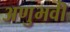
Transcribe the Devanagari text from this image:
अणुभवी